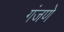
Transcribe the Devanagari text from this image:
गंजणे